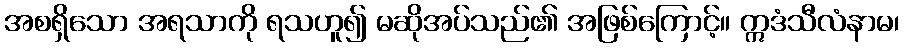
အစရှိသော အရသာကို ရသဟူ၍ မဆိုအပ်သည်၏ အဖြစ်ကြောင့်။ ဣဒံသီလံနာမ၊